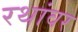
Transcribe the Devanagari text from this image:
रथांवर